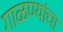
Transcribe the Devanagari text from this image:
गाळण्यांचा